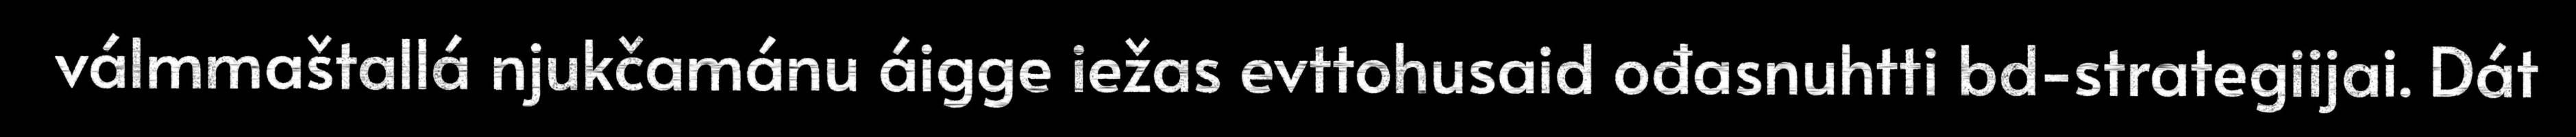
válmmaštallá njukčamánu áigge iežas evttohusaid ođasnuhtti bd-strategiijai. Dát